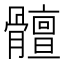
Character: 𲌒